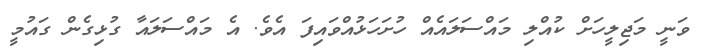
ވަނީ މަޖިލީހަށް ކުއްލި މައްސަލައެއް ހުށަހަޅުއްވައިފަ އެވެ. އެ މައްސަލައާ ގުޅިގެން ގައުމީ